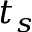
t _ { s }